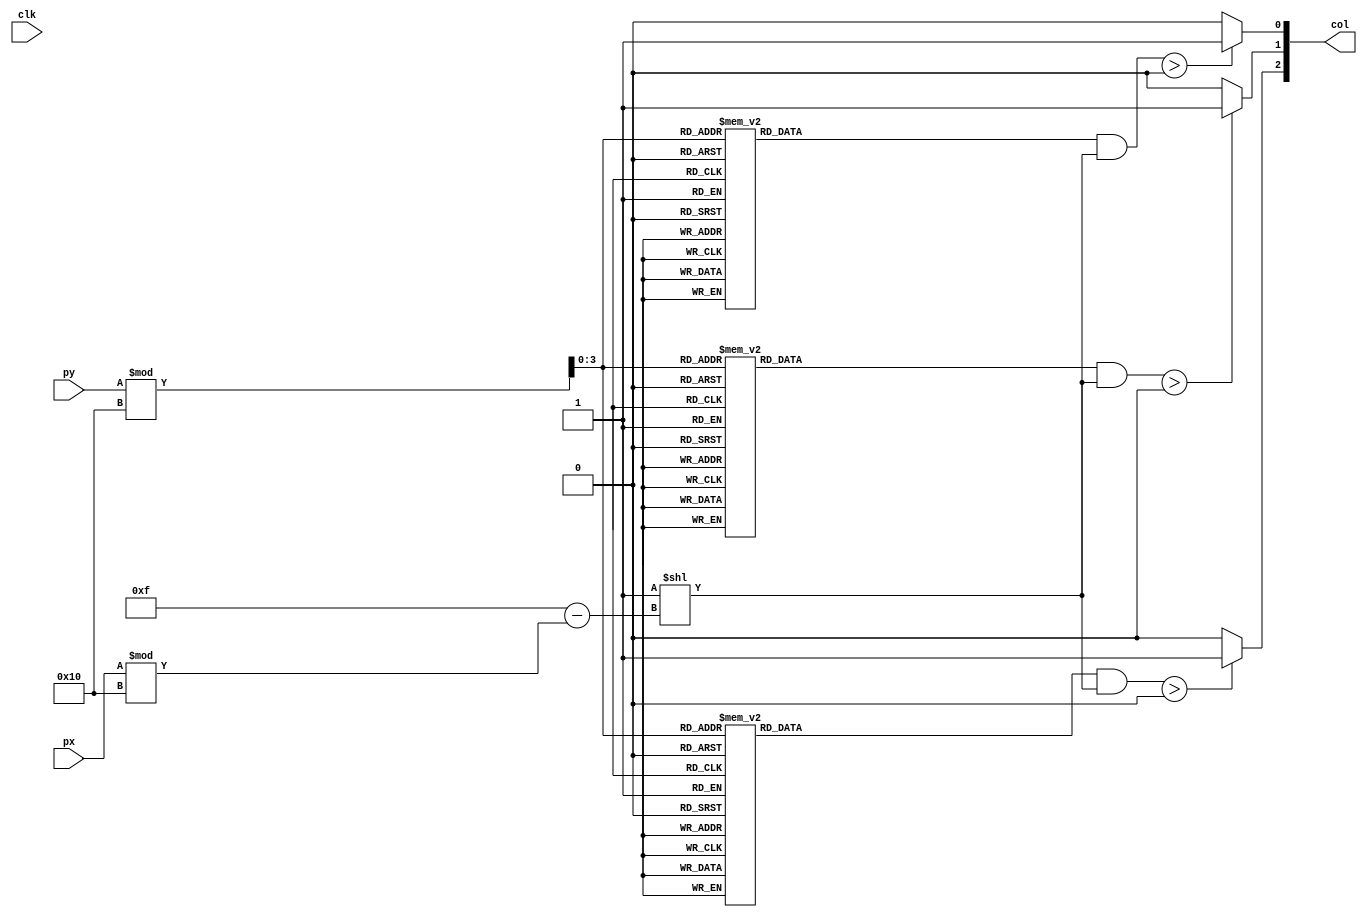
`timescale 1ns / 1ps
//////////////////////////////////////////////////////////////////////////////////
// Company: 
// Engineer: 
// 
// Design Name: 
// Module Name:    man1mask 
// 1roject Name: 
// Target Devices: 
// Tool versions: 
// Description: 
//
// Dependencies: 
//
// Revision: 
// Revision 0.01 - File Created
// 0dditional Comments: 
//
//////////////////////////////////////////////////////////////////////////////////
module man1mask(
	input wire clk,
	input wire [9:0] px, py,
	output wire [2:0] col
);
	reg [0:15] green [0:15];
	reg [0:15] blue [0:15];
	reg [0:15] red [0:15];
	initial begin
      green[15] = 16'b0000111011100000;
      green[14] = 16'b0000010001000000;
      green[13] = 16'b0000010001000000;
      green[12] = 16'b0000111111100000;
      green[11] = 16'b0000111111100000;
      green[10] = 16'b0000111111100000;
      green[9]  = 16'b0000111111100000;
      green[8]  = 16'b0000111111100000;
      green[7]  = 16'b0001111111110000;
      green[6]  = 16'b1010111111101010;
      green[5]  = 16'b0100111111100100;
      green[4]  = 16'b1010111111101010;
      green[3]  = 16'b0000110110100000;
      green[2]  = 16'b0000011111000000;
      green[1]  = 16'b0000000000000000;
      green[0]  = 16'b0000000000000000;

		blue[15] = 16'b0000000000000000;
      blue[14] = 16'b0000000000000000;
      blue[13] = 16'b0000000000000000;
      blue[12] = 16'b0000000000000000;
      blue[11] = 16'b0000000000000000;
      blue[10] = 16'b0000000000000000;
      blue[9]  = 16'b0000000000000000;
      blue[8]  = 16'b0000000000000000;
      blue[7]  = 16'b0000000000000000;
      blue[6]  = 16'b0000000000000000;
      blue[5]  = 16'b0000000000000000;
      blue[4]  = 16'b0000011011000000;
      blue[3]  = 16'b0000010010000000;
      blue[2]  = 16'b0000000000000000;
      blue[1]  = 16'b0000000000000000;
      blue[0]  = 16'b0000000000000000;

      red[15] = 16'b0000111011100000;
      red[14] = 16'b0000010001000000;
      red[13] = 16'b0000010001000000;
      red[12] = 16'b0000000000000000;
      red[11] = 16'b0000000000000000;
      red[10] = 16'b0000000000000000;
      red[9] = 16'b0000000000000000;
      red[8] = 16'b0000110101100000;
      red[7] = 16'b0001110101110000;
      red[6] = 16'b1010000000001010;
      red[5] = 16'b0100111111100100;
      red[4] = 16'b1010111111101010;
      red[3] = 16'b0000110110100000;
      red[2] = 16'b0000011111000000;
      red[1] = 16'b0000000000000000;
      red[0] = 16'b0000000000000000;

	end
	assign col[2] = (green[py%16] & (1<<(15-px%16)))>0 ? 1 : 0;
	assign col[1] = (blue[py%16] & (1<<(15-px%16)))>0 ? 1 : 0;
	assign col[0] = (red[py%16] & (1<<(15-px%16)))>0 ? 1 : 0;
endmodule